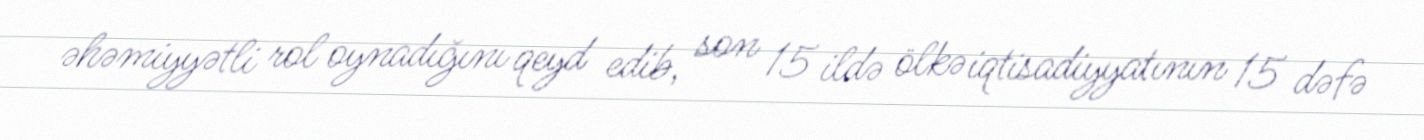
əhəmiyyətli rol oynadığını qeyd edib, son 15 ildə ölkə iqtisadiyyatının 15 dəfə